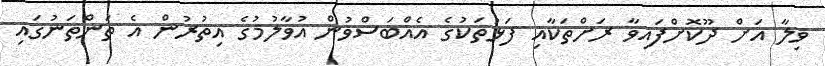
ވިލާ އަށް ދޫކޮށްފައިވާ ރަށްތަކާއި ފަޅުތަކުގެ އެއްބަސްވުން އުވާލުމުގެ އިތުރުން އެ ތަންތަނުގައި